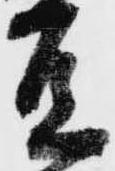
豆